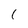
Character: 1